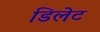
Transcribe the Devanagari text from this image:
डिलेट